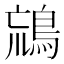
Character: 𪀞